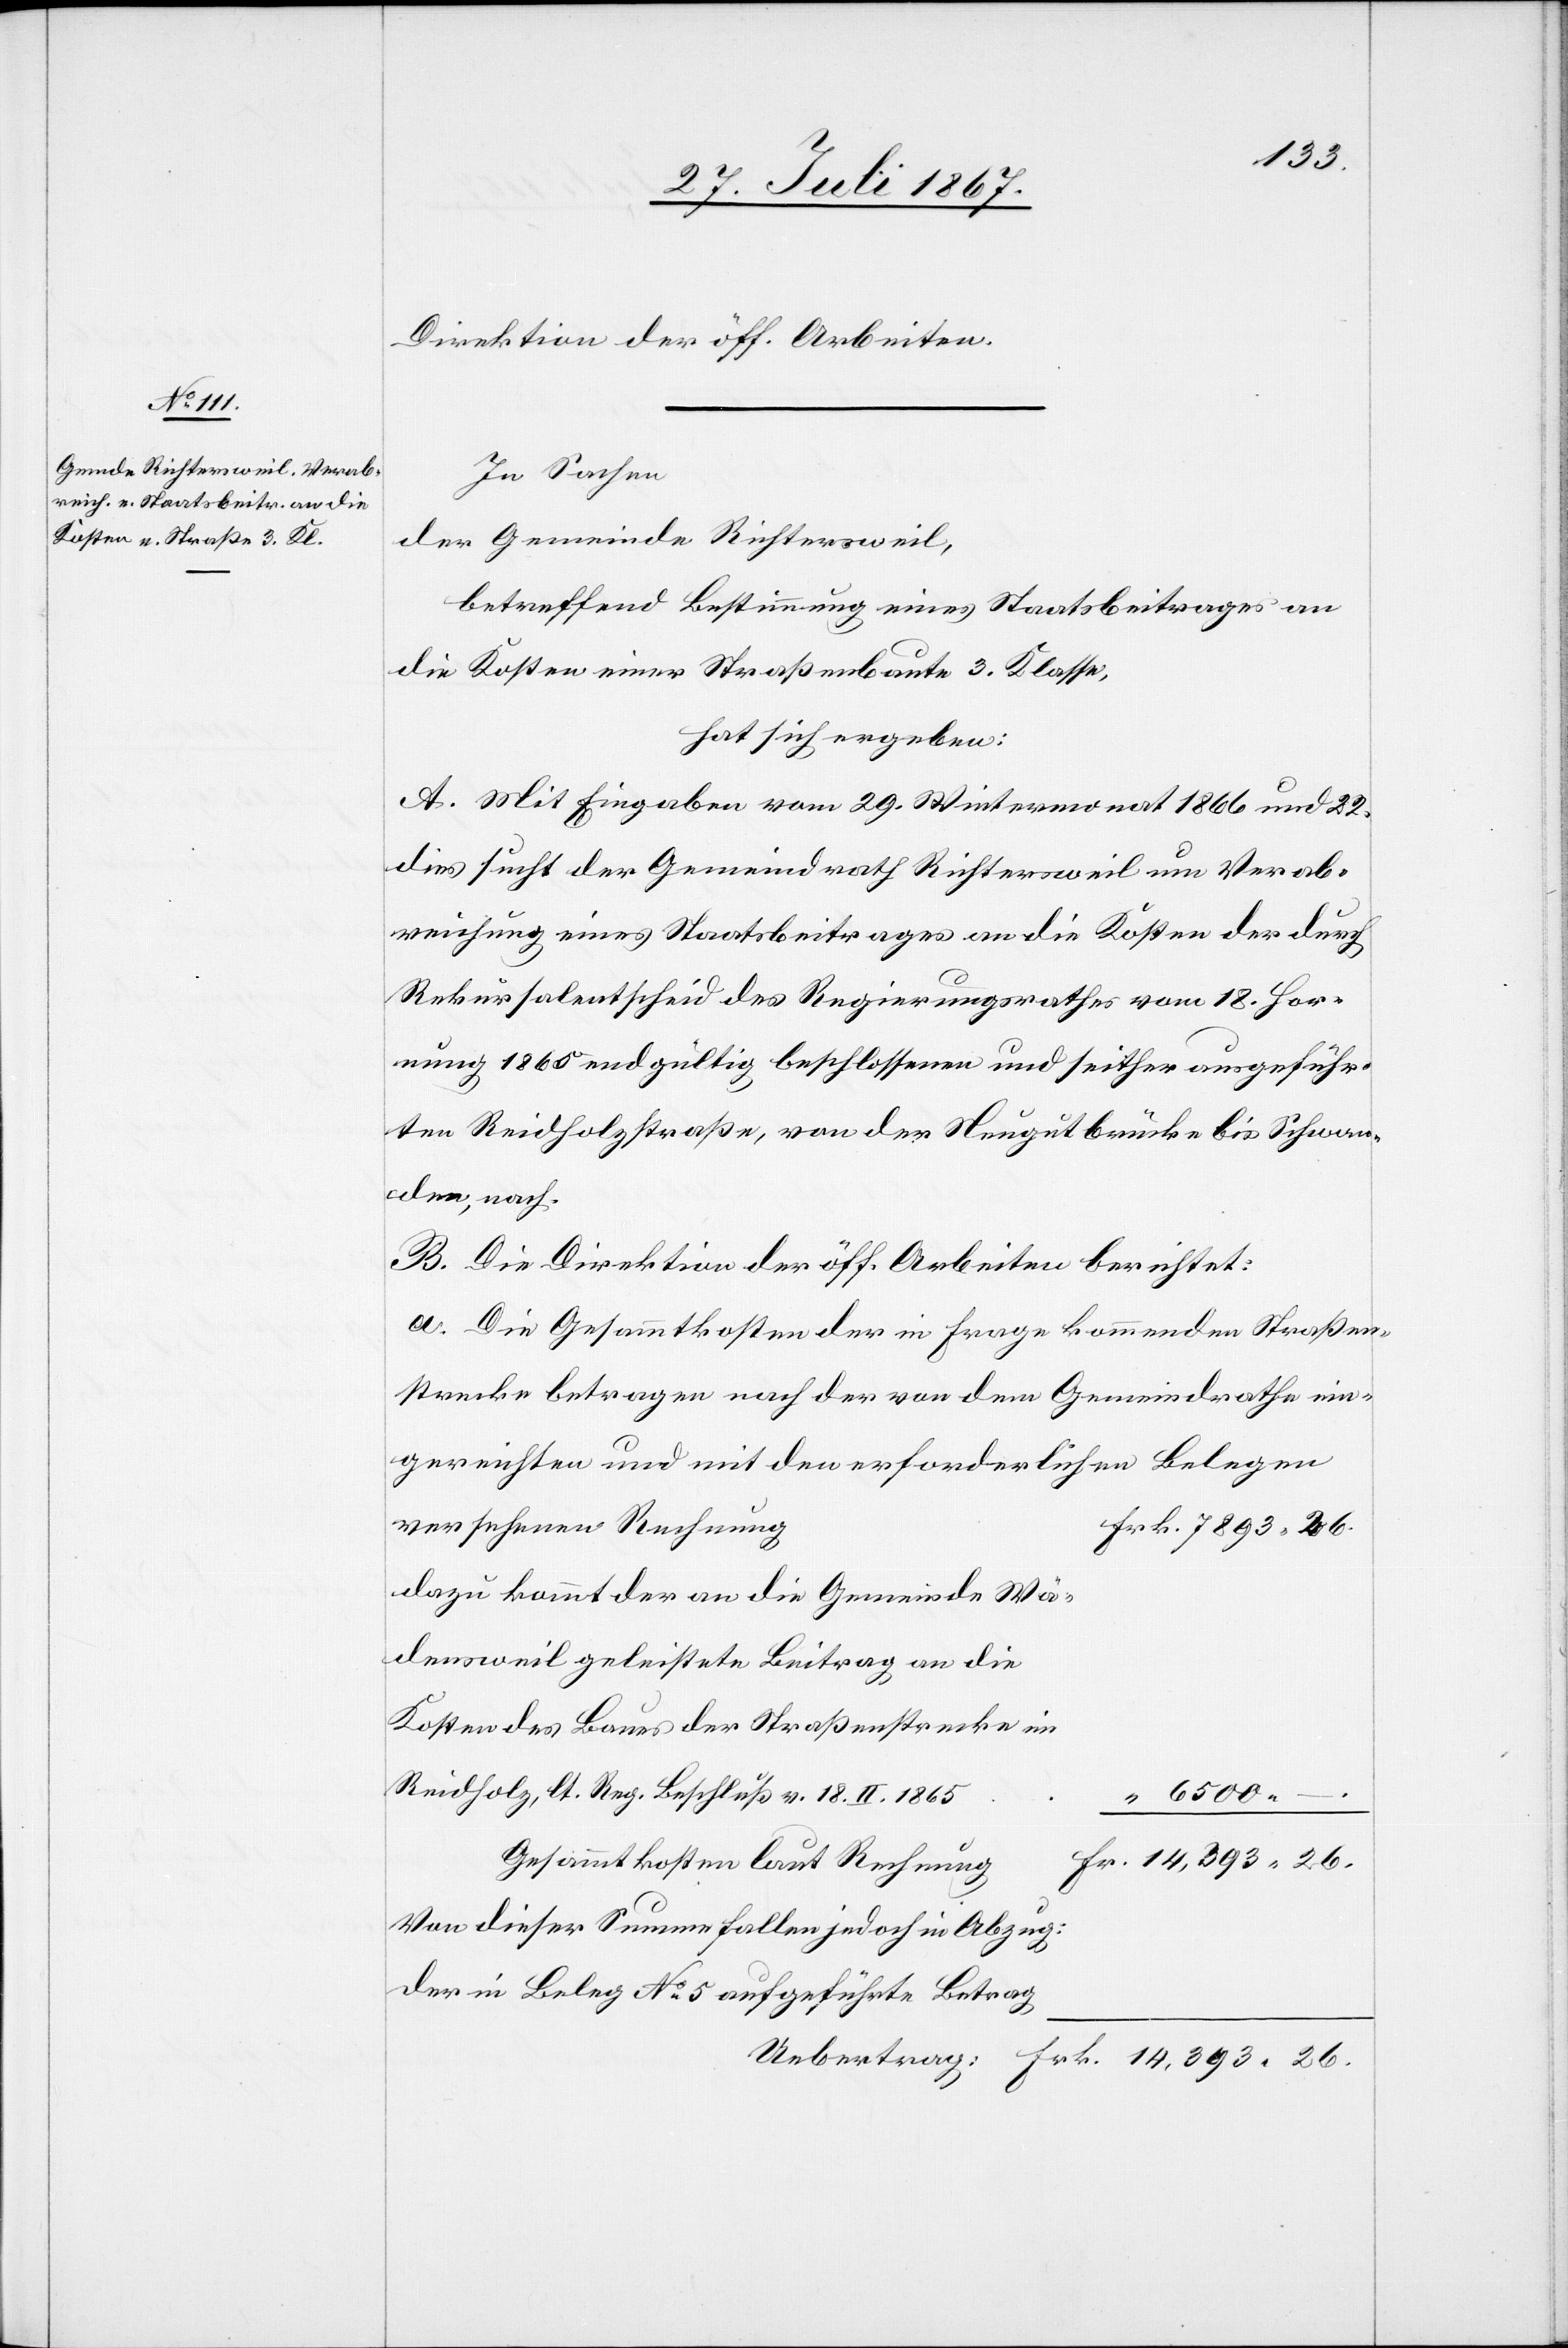
14 393.
Direktion der öff. Arbeiten.
In Sachen
der Gemeinde Richtersweil,
betreffend Bestimmung eines Staatsbeitrages an
die Kosten einer Straßenbaute 3. Klasse,
hat sich ergeben:
A. Mit Eingabe vom 29. Wintermonat 1866 und 22.
dies sucht der Gemeindrath Richtersweil um Verab¬
reichung eines Staatsbeitrages an die Kosten der durch
Rekursalentscheid des Regierungsrathes vom 18. Hor¬
nung 1865 endgültig beschlossenen und seither ausgeführ¬
ten Reidholzstraße, von der Neugutbrücke bis Schwan¬
dern nach.
B. Die Direktion der öff. Arbeiten berichtet:
a. Die Gesammtkosten der in Frage kommenden Straßen¬
strecke betragen nach der von dem Gemeindrathe ein¬
gereichten und mit den erforderlichen Belegen
versehenen Rechnung
dazu kommt der an die Gemeinde Wä¬
densweil geleistete Beitrag an die
Kosten des Baues der Straßenstrecke im
Reidholz, lt. Reg. Beschluß v. 18. II. 1865
–.
Gesammtkosten laut Rechnung
Von dieser Summe fallen jedoch in Abzug:
der in Beleg No. 5 aufgeführte Betrag